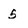
Character: 5